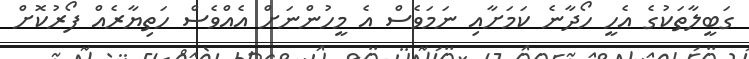
ގަބީލާތަކުގެ އެހީ ހޯދާނެ ކަމަށާއި ނަމަވެސް އެ މީހުންނަށް އެއްވެސް ހަތިޔާރެއް ފޯރުކޮށް